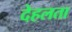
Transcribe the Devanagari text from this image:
देहलता